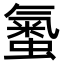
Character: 𧏨